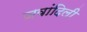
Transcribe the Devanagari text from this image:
जवांदिली